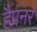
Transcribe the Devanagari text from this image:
हैपनर